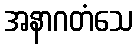
အနာဂတံသေ